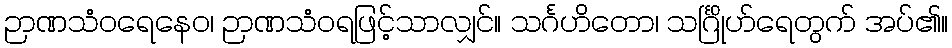
ဉာဏသံဝရေနေဝ၊ ဉာဏသံဝရဖြင့်သာလျှင်။ သင်္ဂဟိတော၊ သင်္ဂြိုဟ်ရေတွက် အပ်၏။